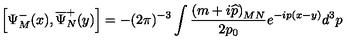
\left[ \Psi _ { M } ^ { - } ( x ) , \overline { { \Psi } } _ { N } ^ { + } ( y ) \right] = - ( 2 \pi ) ^ { - 3 } \int \frac { \left( m + i \widehat { p } \right) _ { M N } } { 2 p _ { 0 } } e ^ { - i p ( x - y ) } d ^ { 3 } p